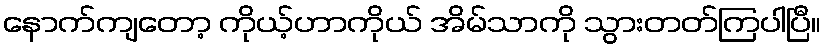
နောက်ကျတော့ ကိုယ့်ဟာကိုယ် အိမ်သာကို သွားတတ်ကြပါပြီ။